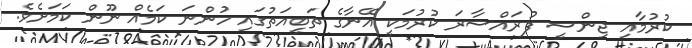
ކުރުމާއި ޖިންސީ ފުރައްސާރަ ކުރުމަކީ އޭނާގެ ތަބީއަތުގައި ހުންނަ ކަމެއް ނޫން ކަމަށެވެ.